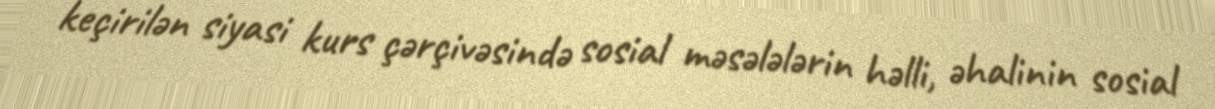
keçirilən siyasi kurs çərçivəsində sosial məsələlərin həlli, əhalinin sosial